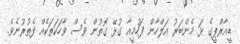
ޑީއާރްޕީގެ ޅަ މެންބަރު އަލްހާން ފަހުމީއާ ގުޅޭ ގޮތުން ވެސް ވާހަކަތަކެއް ފެތުރުނެވެ.